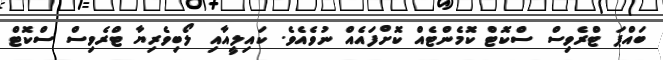
ބައްޕަ ޓްރެވިސް ސްކޮޓް ކޮމެންޓެއް ކޮށްފައެއް ނުވެއެވެ. ކައިލީއާއި ލޯބިވެރިޔާ ޓްރެވިސް ސްކޮޓް